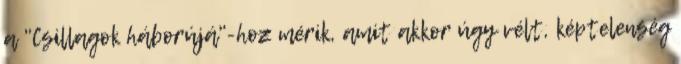
a "Csillagok háborújá"-hoz mérik, amit akkor úgy vélt, képtelenség